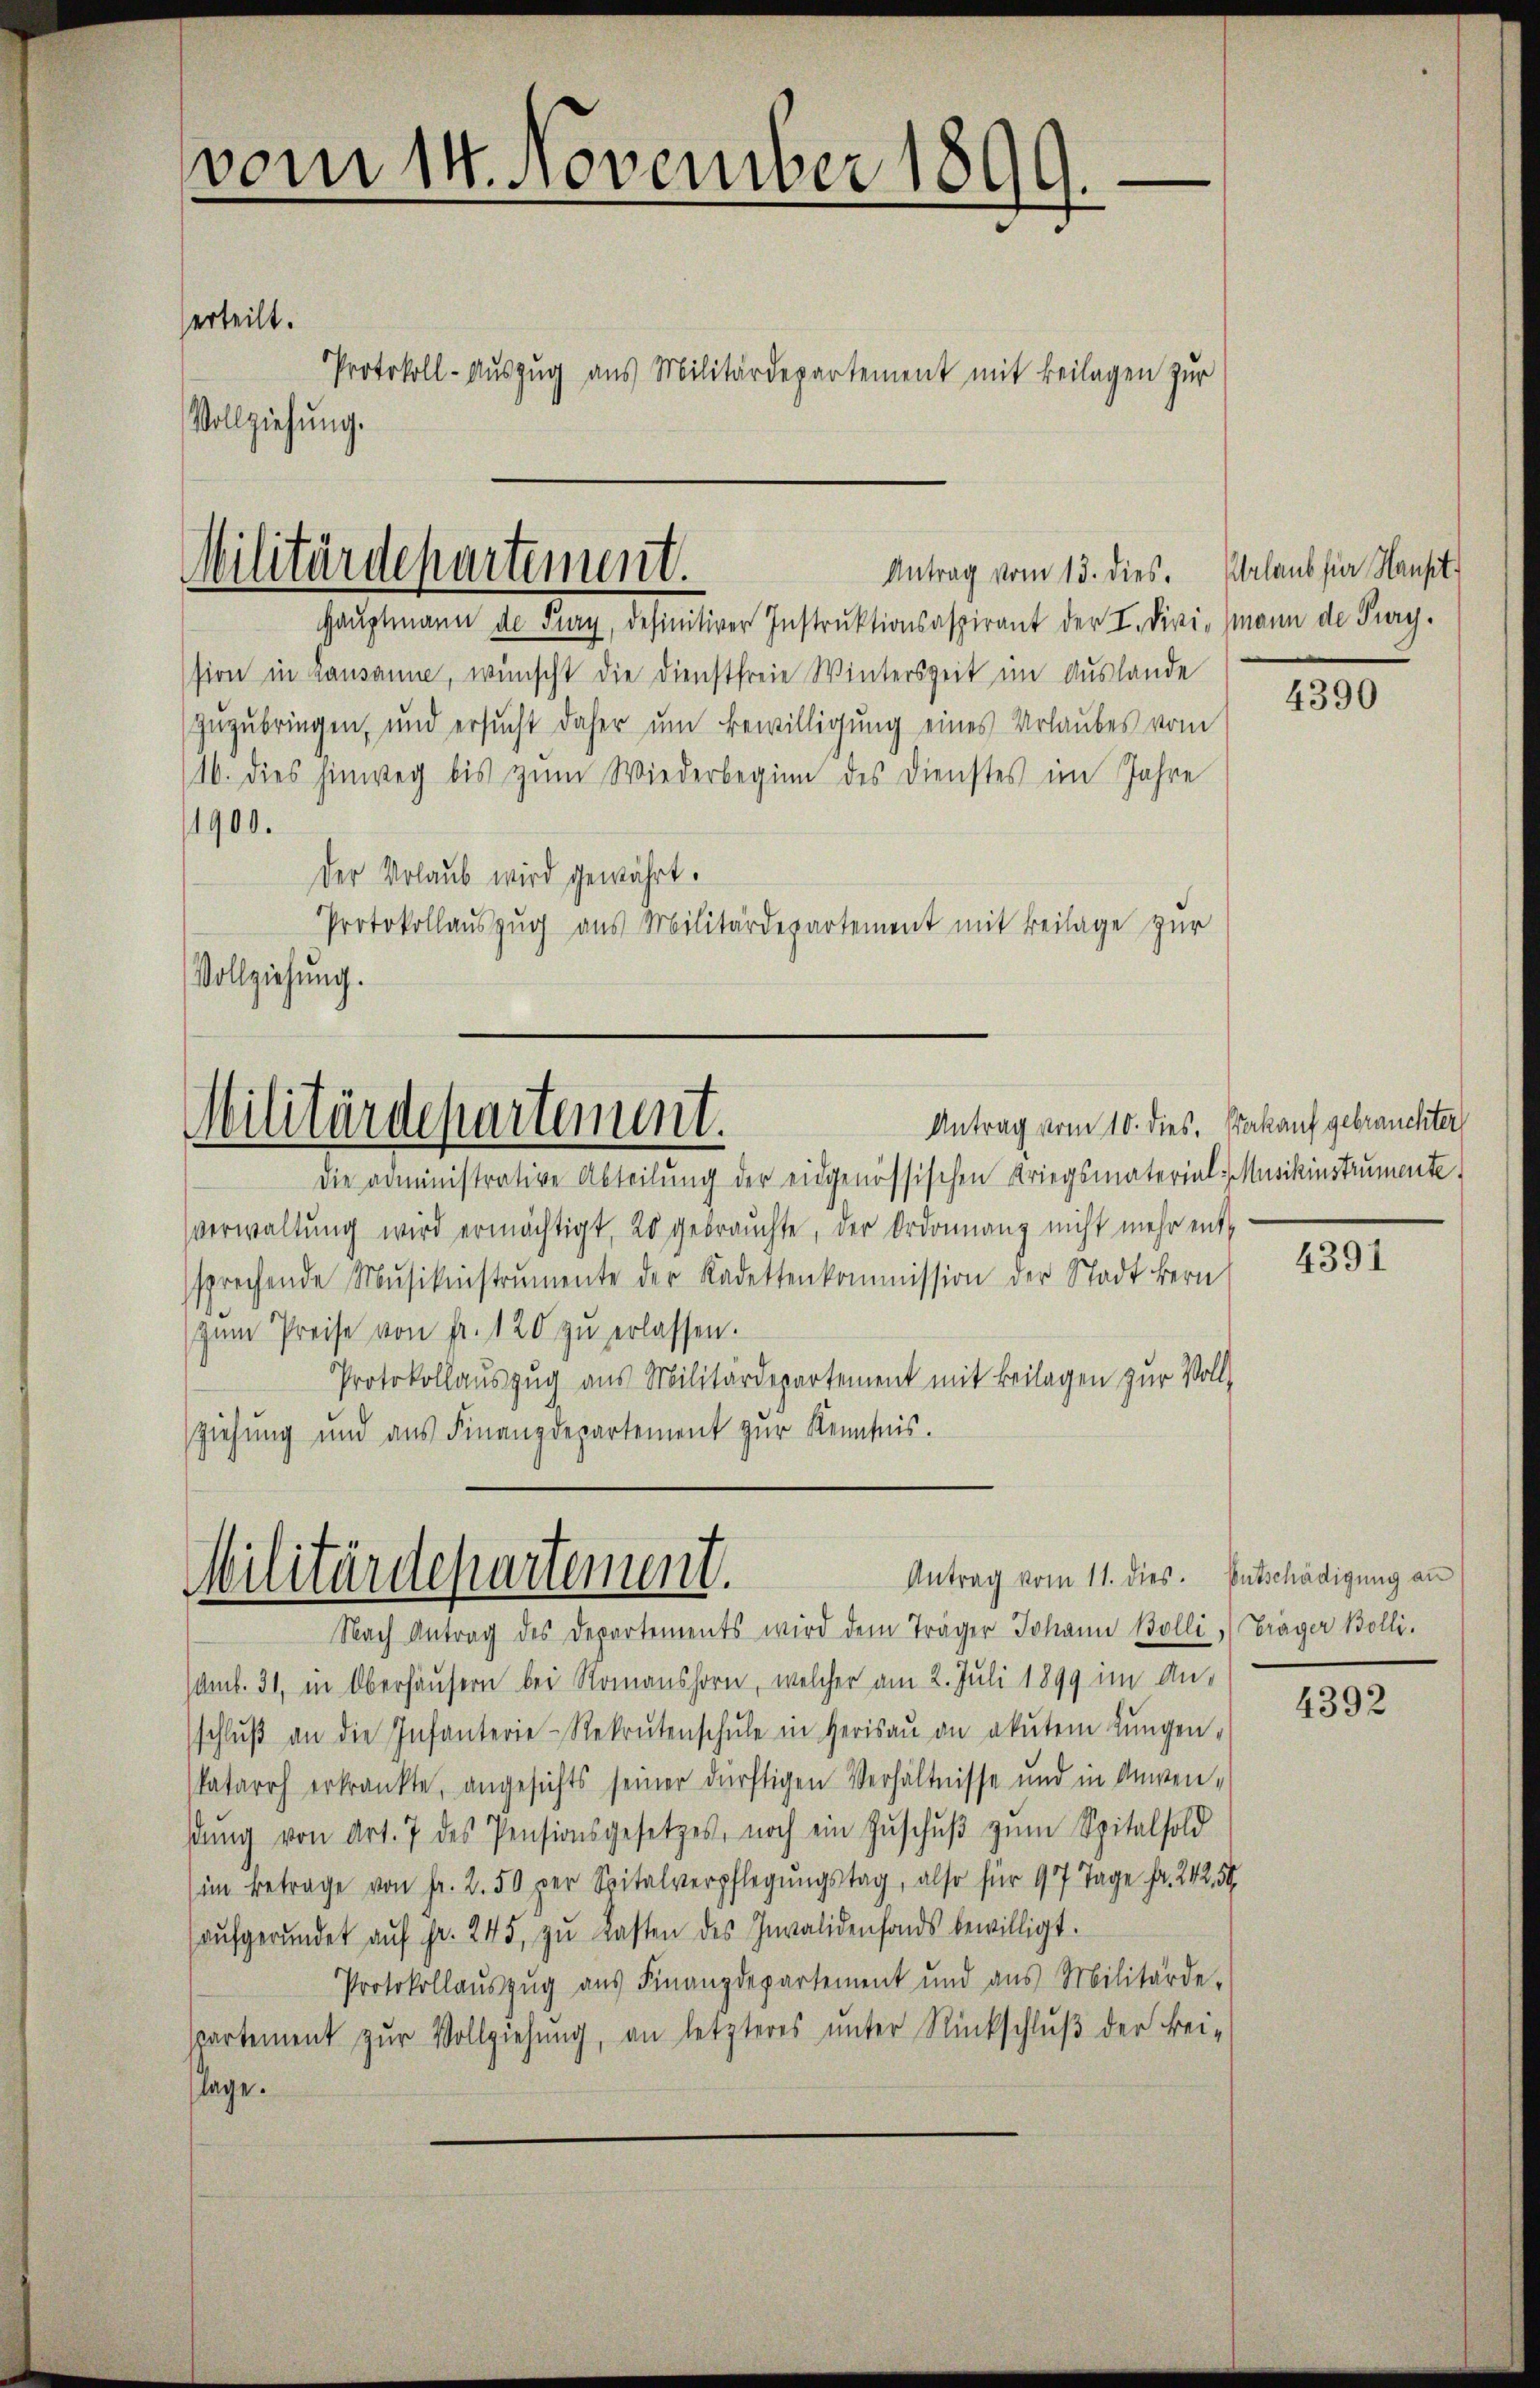
vom 14. November 1890.
d

erteilt.

Protokoll-Auszug aus Militärdepartement mit Beilagen zur
Vollziehung.

sion in Lausanne, wünscht die Dienstfreie Winterszeit im Auslande
zuzubringen, und ersucht daher um Bewilligung eines Urlaubes vom
16. dies hinweg bis zŭm Wiederbeginn des Dienstes im Jahre
1900.
Der Vorlaub wird gewährt.
Protokollauszug aus Militärdepartement mit Beilage zur
Vollziehung.

Militärdepartement.
Antrag vom 13. dies. Überlaub für Hansit
Hauptmann de Frey, definitiver Instruktionsaspirant der I. Divismann de Prag.

Militärdepartement.

Antrag vom 10. dies. Pakauf gebrauchter

Antrag vom 11. dies. Entschädigung an
Militärdepartement.
Nach Antrag des Departements wird dem Träger Johann Bolli, Träger Bolli.

die administrative Abteilŭng der eidgenössischen Kriegsmaterial, Musikinstrumente
verwaltung wird ermächtigt, 20 gebrauchte, der Ordonnanz nicht mehr entsprechende Mŭsikinstrumente der Kadettenkommission der Stadt Bern
zŭm Preise von Fr. 120 zŭ erlassen.
Protokollauszug aus Militärdepartement mit Beilagen zur Vollziehung und aus Finanzdepartement zŭr Kenntnis.

Amt. 31, in Oberhäusern bei Romanshorn, welcher am 2. Juli 1899 im An-
schlŭβ an die Infanterie-Rekrutenschŭle in Herisaŭ an akutem Lŭngen-
katarrh erkränkte, angesichts seiner dürftigen Verhältnisse und in Anwen-
sŭng von Art. 7 des Pensionsgesetzes, noch ein Zŭschŭβ zŭm Spitalsold
im Betrage von Fr. 2. 50 per Spitalverpflegŭngstag, also für 97 Tage fr. 242. 56
aŭfgerŭndet aŭf Fr. 245, zŭ lasten des Invalidenfonds bewilligt.
Protokollauszug aus Finanzdepartement und aus Militärde-
spartement zur Vollziehung, an letzteres unter Rückschluß der Bei-
lage.

4390

4391

4392